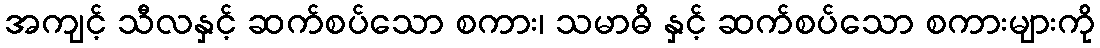
အကျင့် သီလနှင့် ဆက်စပ်သော စကား၊ သမာဓိ နှင့် ဆက်စပ်သော စကားများကို